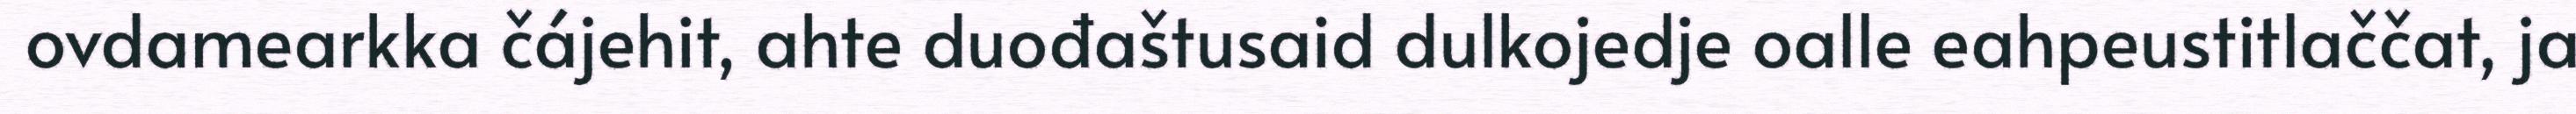
ovdamearkka čájehit, ahte duođaštusaid dulkojedje oalle eahpeustitlaččat, ja